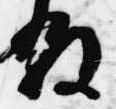
叙